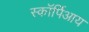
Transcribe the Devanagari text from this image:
स्कॉर्पिआय